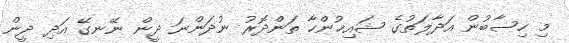
މި ހިސާބުން އަދާލަތުގެ ޝައިޚުންހާ ތަންދޮރު ނުދަންނަ ދީން ނޭނގޭ އަދި ދީން